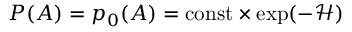
P ( A ) = p _ { 0 } ( A ) = { \mathrm { c o n s t } } \times \exp ( - { \mathcal { H } } )